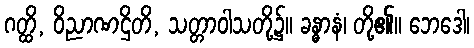
ဂတ္ထိ, ဝိညာဏဌိတိ, သတ္တာဝါသတို့၌။ ခန္ဓာနံ၊ တို့၏။ ဘေဒေါ၊